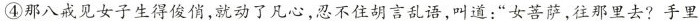
④那八戒见女子生得俊俏，就动了凡心，忍不住胡言乱语，叫道：”女菩萨，往那里去?手里